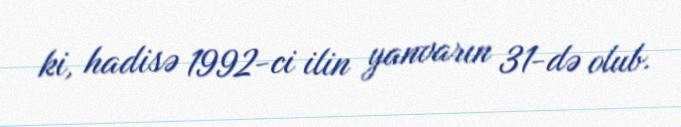
ki, hadisə 1992-ci ilin yanvarın 31-də olub.